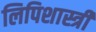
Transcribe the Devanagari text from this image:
लिपिशास्त्री